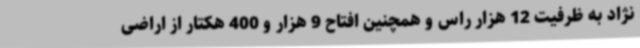
نژاد به ظرفیت 12 هزار راس و همچنین افتاح 9 هزار و 400 هکتار از اراضی